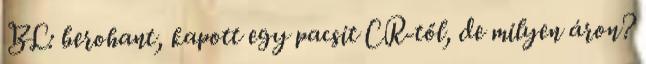
BL: berohant, kapott egy pacsit CR-től, de milyen áron?